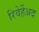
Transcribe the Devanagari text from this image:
रिवेर्हेअद